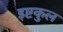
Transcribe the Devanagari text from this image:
इष्टकुल